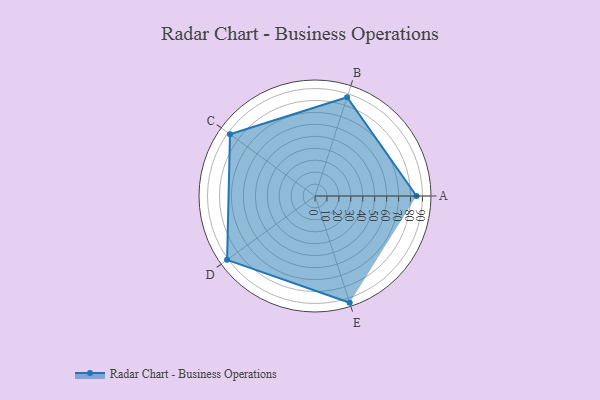
{"axis": {"x": "Skill", "y": "Score"}, "legend": ["Profile"], "data": [{"x": "A", "y": 85.0, "type": "Profile"}, {"x": "B", "y": 87.0, "type": "Profile"}, {"x": "C", "y": 88.0, "type": "Profile"}, {"x": "D", "y": 91.0, "type": "Profile"}, {"x": "E", "y": 94.0, "type": "Profile"}]}